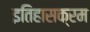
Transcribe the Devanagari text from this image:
इतिहासक्रम